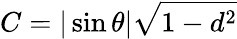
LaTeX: C=|\sin\theta|\sqrt{1-d^{2}}